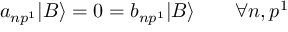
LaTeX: a _ { n p ^ { 1 } } | B \rangle = 0 = b _ { n p ^ { 1 } } | B \rangle \qquad \forall n , p ^ { 1 }